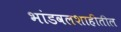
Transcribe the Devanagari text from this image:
भांडवलशाहीतील